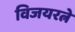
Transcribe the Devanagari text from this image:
विजयरत्ने